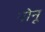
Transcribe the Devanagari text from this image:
नोनू